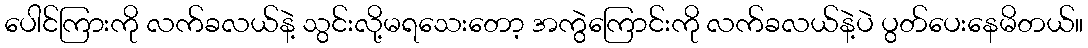
ပေါင်ကြားကို လက်ခလယ်နဲ့ သွင်းလို့မရသေးတော့ အကွဲကြောင်းကို လက်ခလယ်နဲ့ပဲ ပွတ်ပေးနေမိတယ်။